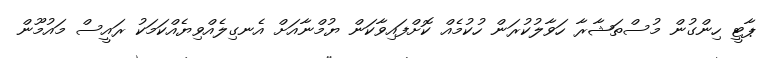
ޕާޓީ ހިންގުން މުސްތަޝާރާ ހަވާލުކުރަން ހުކުމެއް ކޮށްފައިވާކަން ޔުމްނާއަށް އެނގިލެއްވިޔެއްކަމަކު ރައީސް މައުމޫން